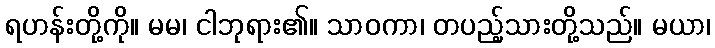
ရဟန်းတို့ကို။ မမ၊ ငါဘုရား၏။ သာဝကာ၊ တပည့်သားတို့သည်။ မယာ၊